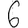
Digit: 6